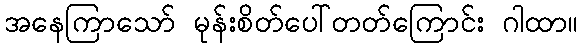
အနေကြာသော် မုန်းစိတ်ပေါ်တတ်ကြောင်း ဂါထာ။